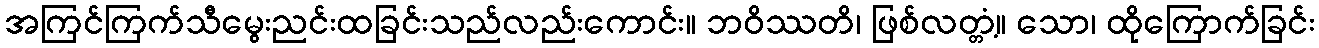
အကြင်ကြက်သီမွေးညင်းထခြင်းသည်လည်းကောင်း။ ဘဝိဿတိ၊ ဖြစ်လတ္တံ့။ သော၊ ထိုကြောက်ခြင်း